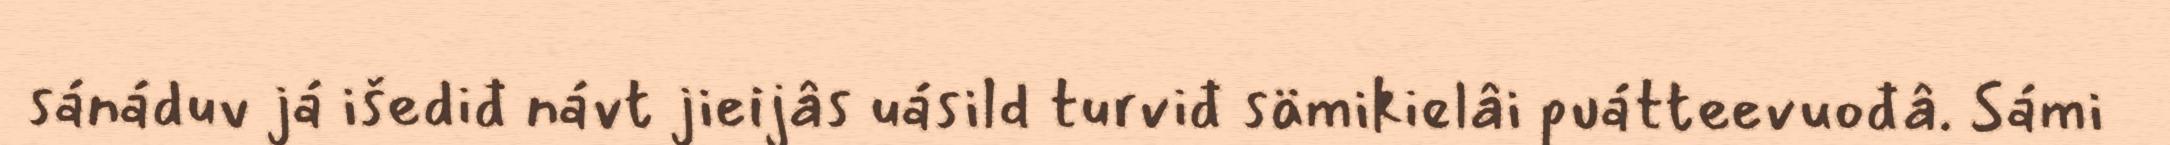
sánáduv já išediđ návt jieijâs uásild turviđ sämikielâi puátteevuođâ. Sámi